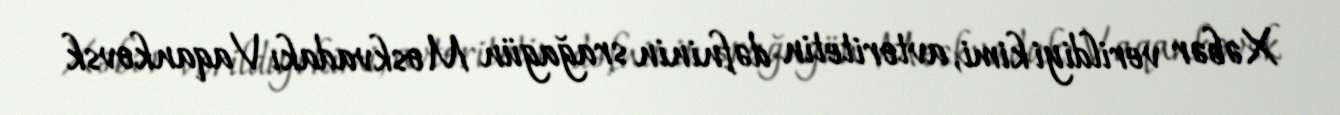
Xəbər verildiyi kimi, avtoritetin dəfninin srağagün Moskvadakı Vaqankovsk